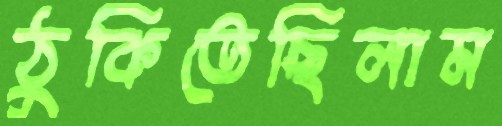
ঠুকিতেছিলাম